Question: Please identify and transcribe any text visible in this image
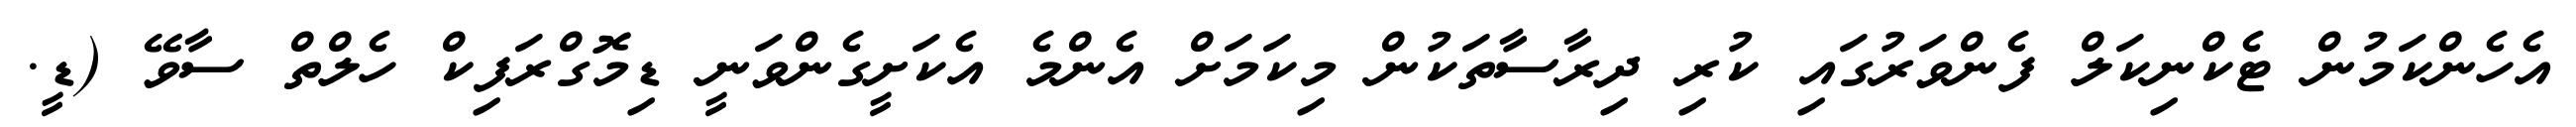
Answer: އެހެންކަމުން ޓެކްނިކަލް ފެންވަރުގައި ކުރި ދިރާސާތަކުން މިކަމަށް އެންމެ އެކަށީގެންވަނީ ޑިމޮގްރަފިކް ހެލްތް ސާވޭ (ޑީ.